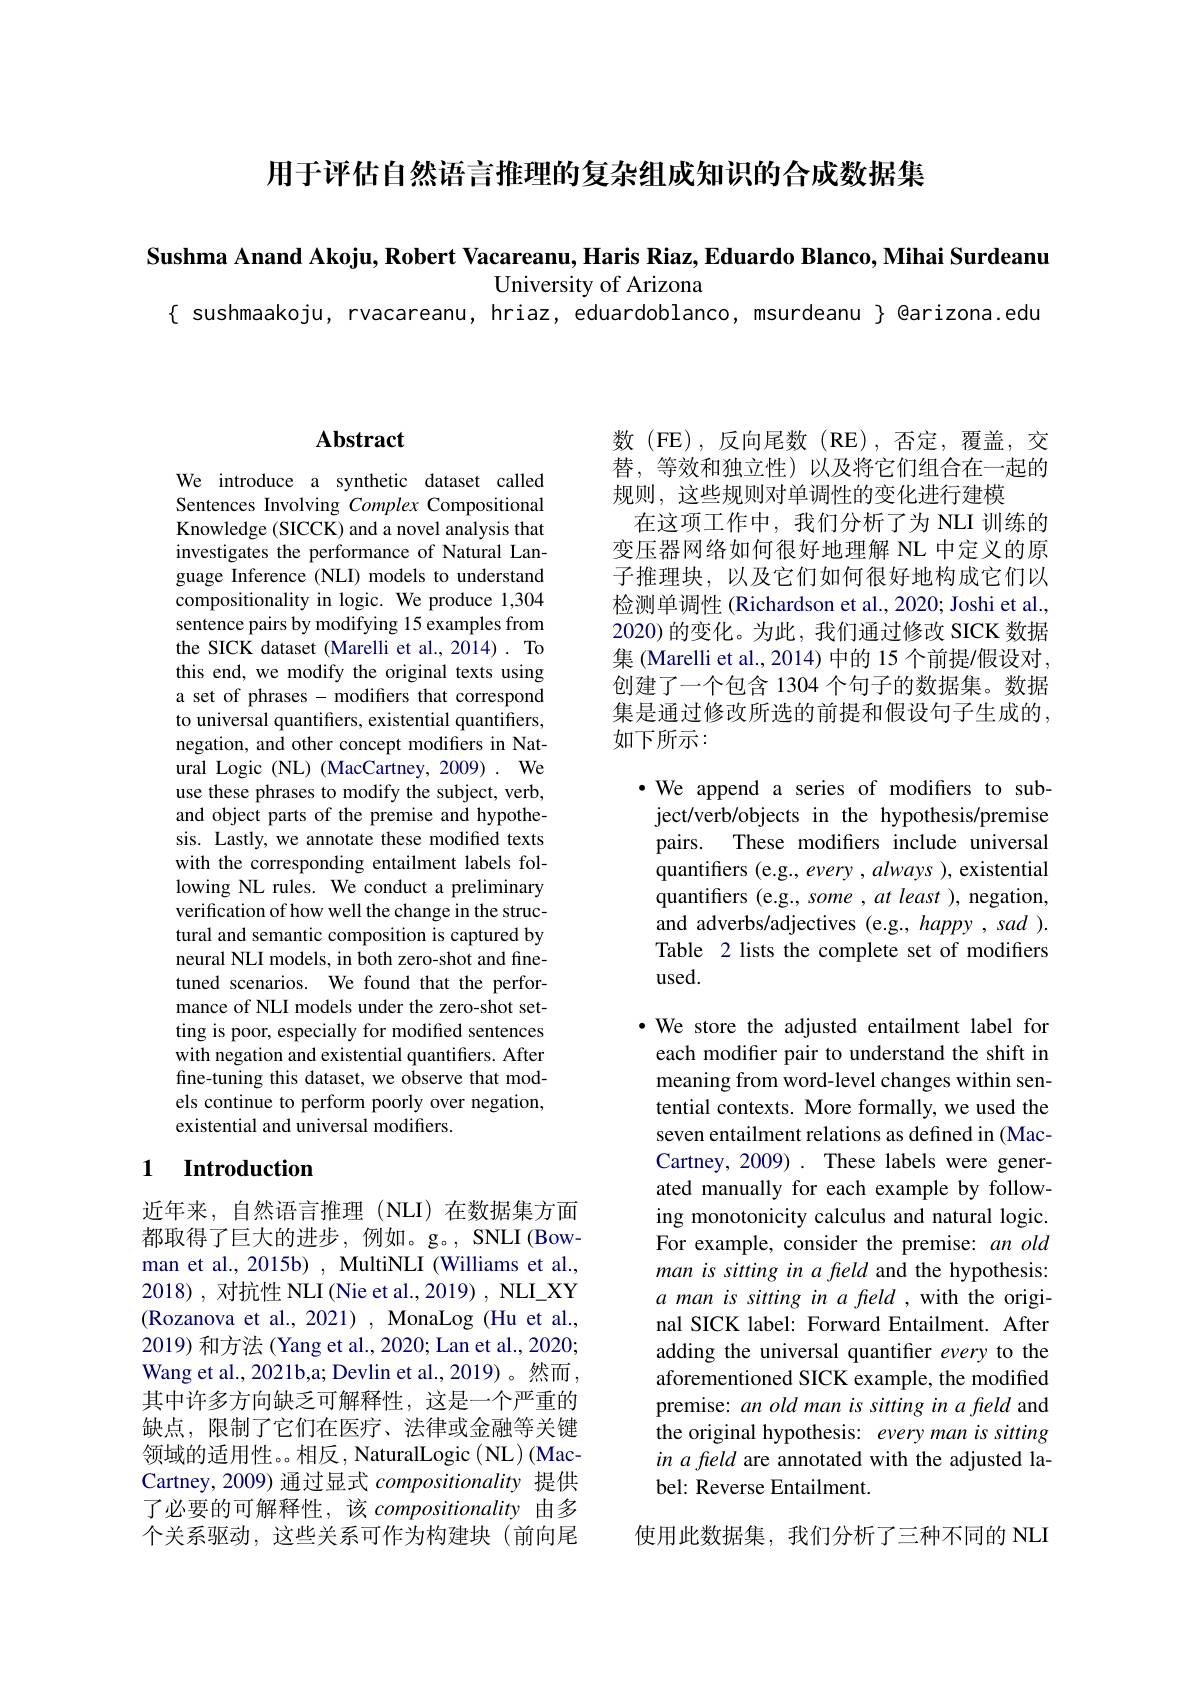
用于评估自然语言推理的复杂组成知识的合成数据集

Sushma Anand Akoju, Robert Vacareanu, Haris Riaz, Eduardo Blanco, Mihai Surdeanu

University of Arizona
$\{$ sushmaakoju, rvacareanu, hriaz, eduardoblanco, msurdeanu $\}$ @arizona.edu

# Abstract

We introduce a synthetic dataset called Sentences Involving Complex Compositional Knowledge (SICCK) and a novel analysis that investigates the performance of Natural Language Inference (NLI) models to understand compositionality in logic. We produce 1,304 sentence pairs by modifying 15 examples from the SICK dataset (Marelli et al., 2014). To this end, we modify the original texts using a set of phrases - modifiers that correspond to universal quantifiers, existential quantifiers, negation, and other concept modifiers in Natural Logic (NL) (MacCartney, 2009) . We use these phrases to modify the subject, verb, and object parts of the premise and hypothesis. Lastly, we annotate these modified texts with the corresponding entailment labels following NL rules. We conduct a preliminary verification of how well the change in the structural and semantic composition is captured by neural NLI models, in both zero-shot and finetuned scenarios. We found that the performance of NLI models under the zero-shot setting is poor, especially for modified sentences with negation and existential quantifiers. After fine-tuning this dataset, we observe that models continue to perform poorly over negation, existential and universal modifiers.

### 1 Introduction

近年来，自然语言推理(NLI)在数据集方面都取得了巨大的进步，例如。g。, SNLI(Bowman et al., 2015b) , MultiNLI (Williams et al., 2018),对抗性 NLI (Nie et al., 2019) , NLI\_XY (Rozanova et al., 2021), MonaLog (Hu et al., 2019) 和方法 (Yang et al., 2020; Lan et al., 2020; Wang et al. , 2021b, a; Devlin et al. , 2019) 。然 而 , 其中许多方向缺乏可解释性，这是一个严重的缺点，限制了它们在医疗、法律或金融等关键领域的适用性。。相反，NaturalLogic( NL) (MacCartney, 2009) 通过显式compositionality提供了必要的可解释性，该 compositionality 由多个关系驱动，这些关系可作为构建块(前向尾

数(FE),反向尾数(RE),否定，覆盖，交替，等效和独立性)以及将它们组合在一起的规则，这些规则对单调性的变化进行建模
在这项工作中，我们分析了为 NLI 训练的变压器网络如何很好地理解 NL 中定义的原子推理块，以及它们如何很好地构成它们以检测单调性 (Richardson et al., 2020; Joshi et al., 2020) 的变化。为此，我们通过修改 SICK 数据集 (Marelli et al., 2014) 中的 15 个前提/假设对， 创建了一个包含 1304 个句子的数据集。数据集是通过修改所选的前提和假设句子生成的， 如下所示：

·We append a series of modifiers to sub-
ject/verb/objects in the hypothesis/premise pairs. These modifiers include universal quantifiers (e.g., every , always ), existential quantifers (e.g., some , at least ), negation, and adverbs/adjectives (e.g., happy , sad ). Table 2 lists the complete set of modifiers used.

·We store the adjusted entailment label for each modifer pair to understand the shift in meaning from word-level changes within sentential contexts. More formally, we used the seven entailment relations as defined in (MacCartney, 2009) . These labels were generated manually for each example by following monotonicity calculus and natural logic. For example, consider the premise: an old man is sitting in a freld and the hypothesis: a man is sitting in a feld , with the original SICK label: Forward Entailment. After adding the universal quantifer every to the aforementioned SICK example, the modified premise: an old man is sitting in a field and the original hypothesis: every man is sitting in a fteld are annotated with the adjusted label: Reverse Entailment.

使用此数据集，我们分析了三种不同的 NLI